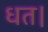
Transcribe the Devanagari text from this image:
धत।